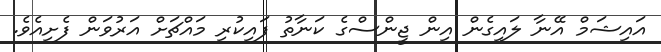
އައިޝަމް އޭނާ ލައިގެން އިން ޖީންސްގެ ކަނާތު ފައިކުރި މައްޗަށް އަރުވަން ފެށިއެވެ.